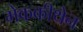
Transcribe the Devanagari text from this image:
मेककीथेन